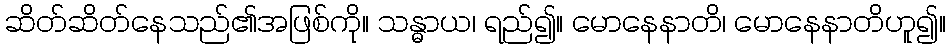
ဆိတ်ဆိတ်နေသည်၏အဖြစ်ကို။ သန္ဓာယ၊ ရည်၍။ မောနေနာတိ၊ မောနေနာတိဟူ၍။